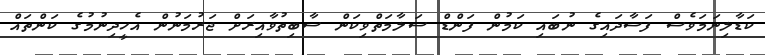
ކަޑާލިނަމަވެސް ފަސާދައިގެ ނުބައި ކަމުން ފަންޑް ސަލާމަތްވިކަން ސާބިތުވާއިރަށް ޖަރުމަނުން އެހީދިނުމުގެ ކަންތައް